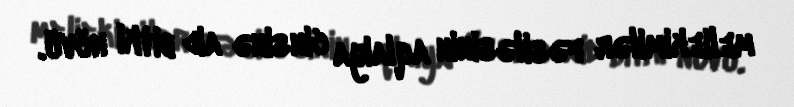
meliekimilər fəsiləsinin aqlaiya cinsinə aid bitki növü.